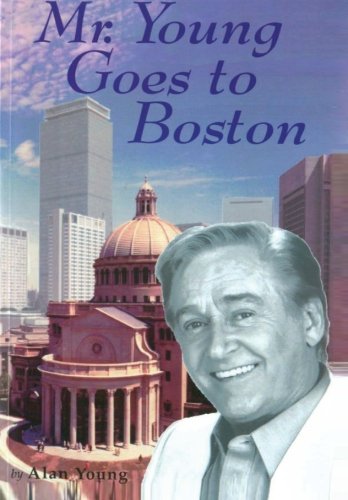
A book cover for Mr. Young Goes to Boston; Christian Books & Bibles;